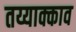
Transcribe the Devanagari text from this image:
तय्याक्काव